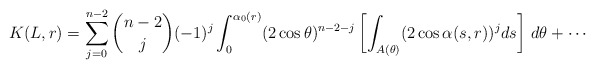
\begin{align*} K(L,r)=\sum_{j=0}^{n-2} \binom{n-2}{j} (-1)^j \int_0^{\alpha_0(r)} (2\cos\theta)^{n-2-j} \left[\int_{A(\theta)}(2\cos\alpha(s,r))^j ds\right]\, d\theta+\cdots\end{align*}